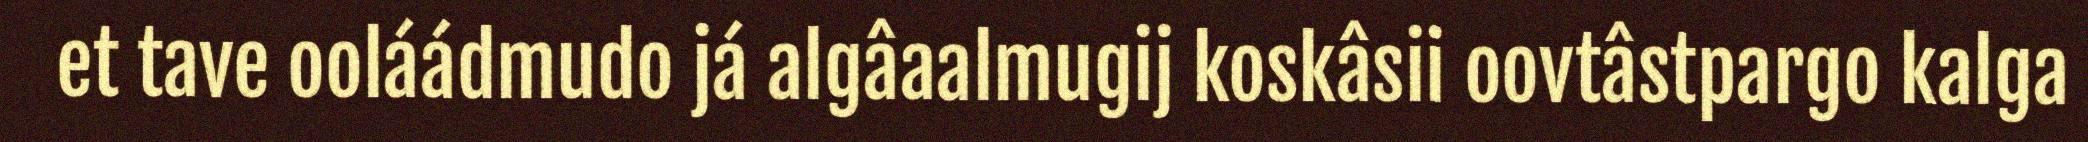
et tave ooláádmudo já algâaalmugij koskâsii oovtâstpargo kalga